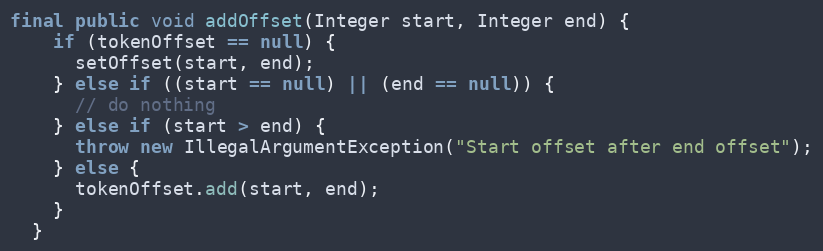
Language: Java
final public void addOffset(Integer start, Integer end) {
    if (tokenOffset == null) {
      setOffset(start, end);
    } else if ((start == null) || (end == null)) {
      // do nothing
    } else if (start > end) {
      throw new IllegalArgumentException("Start offset after end offset");
    } else {
      tokenOffset.add(start, end);
    }
  }